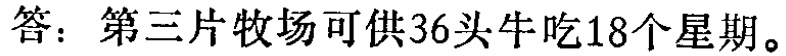
答：第三片牧场可供36头牛吃18个星期。